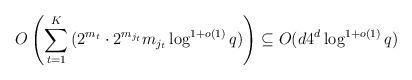
LaTeX: \begin{align*}O\left(\sum_{t=1}^K{(2^{m_t}\cdot 2^{m_{j_t}}m_{j_t}\log^{1+o(1)}{q})}\right)\subseteq O(d4^d\log^{1+o(1)}{q})\end{align*}